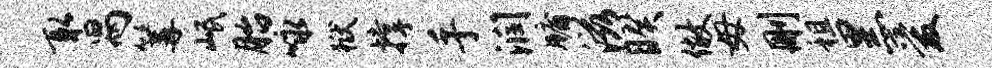
取舄篝岷胎咏狱撑手润牖滋睽做毋删租黑爱